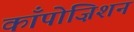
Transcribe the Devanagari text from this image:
काँपोज़िशन